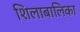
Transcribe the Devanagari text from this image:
शिलाबालिका